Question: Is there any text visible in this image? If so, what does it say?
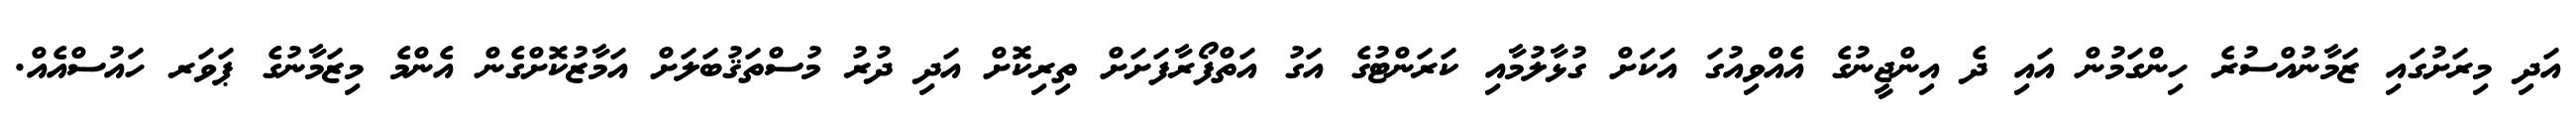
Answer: އަދި މިރަށުގައި ޒަމާނުއްސުރެ ހިންގަމުން އައި ދެ އިންޖީނުގެ އެއްވިއުގަ އަކަށް ގުޅާލުމާއި ކަރަންޓުގެ އަގު އަތްފޯރާފަށަށް ތިރިކޮށް އަދި ދުރު މުސްތަޤުބަލަށް އަމާޒުކޮށްގެން އެންމެ މިޒަމާނުގެ ޕަވަރ ހައުސްއެއް.